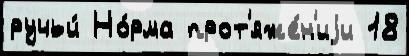
ручьи́ Но́рма прот'яже́н'иjи 18